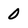
Character: 0